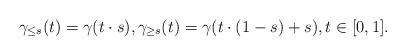
LaTeX: \begin{align*}\gamma_{\leq s}(t)=\gamma(t\cdot s), \gamma_{\geq s}(t)=\gamma(t\cdot (1-s) + s), t\in [0,1].\end{align*}